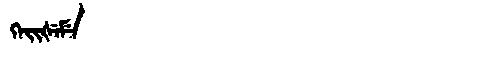
Manchu: ᡴᡝᡳᡧᡝᠮᡝ
Romanization: KEIŠEME